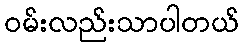
ဝမ်းလည်းသာပါတယ်